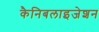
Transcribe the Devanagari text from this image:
कैनिबलाइजेशन